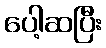
ပေါ့ဆပြီး